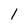
Character: l